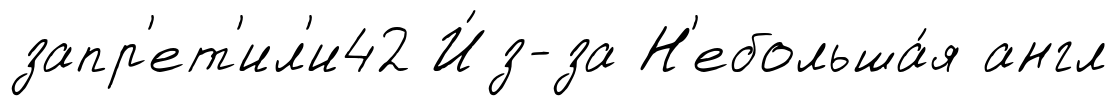
запр'ет'ил'и42 И́з-за Н'ебольша́я англ